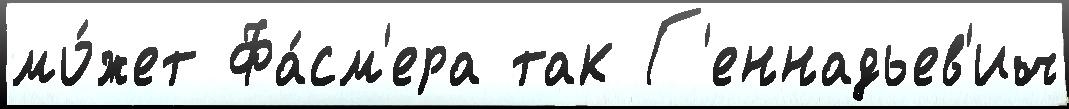
мо́жет Фа́см'ера так Г'еннадьев'ич